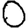
Digit: 0